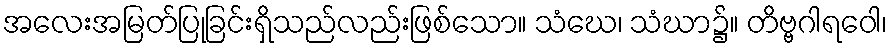
အလေးအမြတ်ပြုခြင်းရှိသည်လည်းဖြစ်သော။ သံဃေ၊ သံဃာ၌။ တိဗ္ဗဂါရဝေါ၊